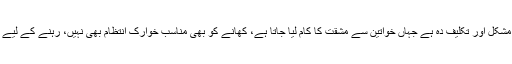
دارالامان کی زندگی کسی جیل سے زیادہ مشکل اور تکلیف دہ ہے جہاں خواتین سے مشقت کا کام لیا جاتا ہے، کھانے کو بھی مناسب خوارک انتظام بھی نہیں، رہنے کے لیے بھی کوئی خاص انتظامات نہیں کیے گے۔